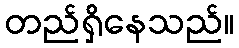
တည်ရှိနေသည်။